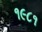
૧૯૮૧